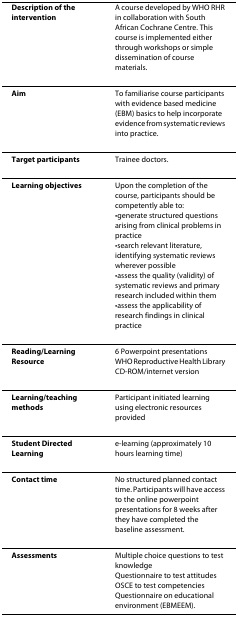
<table><thead><tr><td><b>Description of the intervention</b></td><td><b>A course developed by WHO RHR in collaboration with South African Cochrane Centre. This course is implemented either through workshops or simple dissemination of course materials.</b></td></tr></thead><tbody><tr><td><b>Aim</b></td><td>To familiarise course participants with evidence based medicine (EBM) basics to help incorporate evidence from systematic reviews into practice.</td></tr><tr><td><b>Target participants</b></td><td>Trainee doctors.</td></tr><tr><td><b>Learning objectives</b></td><td>Upon the completion of the course, participants should be competently able to:•generate structured questions arising from clinical problems in practice•search relevant literature, identifying systematic reviews wherever possible•assess the quality (validity) of systematic reviews and primary research included within them•assess the applicability of research findings in clinical practice</td></tr><tr><td><b>Reading/Learning Resource</b></td><td>6 Powerpoint presentationsWHO Reproductive Health Library CD-ROM/internet version</td></tr><tr><td><b>Learning/teaching methods</b></td><td>Participant initiated learning using electronic resources provided</td></tr><tr><td><b>Student Directed Learning</b></td><td>e-learning (approximately 10 hours learning time)</td></tr><tr><td><b>Contact time</b></td><td>No structured planned contact time. Participants will have access to the online powerpoint presentations for 8 weeks after they have completed the baseline assessment.</td></tr><tr><td><b>Assessments</b></td><td>Multiple choice questions to test knowledgeQuestionnaire to test attitudesOSCE to test competenciesQuestionnaire on educational environment (EBMEEM).</td></tr></tbody></table>